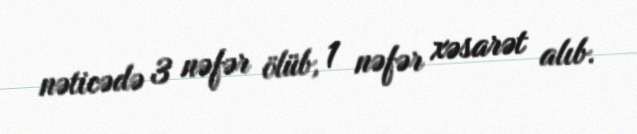
nəticədə 3 nəfər ölüb, 1 nəfər xəsarət alıb.